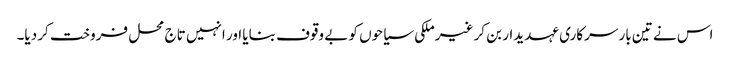
اس نے تین بار سرکاری عہدیدار بن کر غیرملکی سیاحوں کو بے وقوف بنایا اور انہیں تاج محل فروخت کر دیا۔